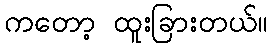
ကတော့ ထူးခြားတယ်။